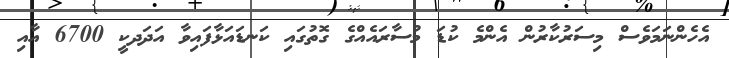
އެހެންނަމަވެސް މިސަރުކާރުން އެންމެ ކުޑަ މުސާރައެއްގެ ގޮތުގައި ކަނޑައަޅާފައިވާ އަދަދކީ 6700 އާއި